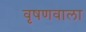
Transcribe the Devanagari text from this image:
वृषणवाला